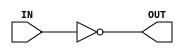
//1bit
module INV(
input wire IN,
output wire OUT
);

assign OUT = ~IN;

endmodule